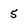
Character: 5